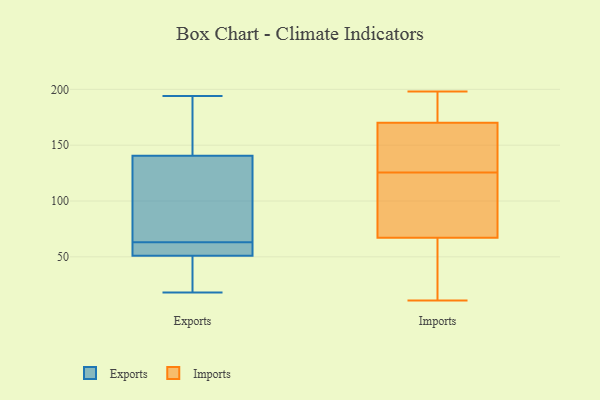
{"axis": {"x": "Customer Acquisition Cost (USD)", "y": "Value"}, "legend": ["Exports", "Imports"], "data": [{"x": "", "y": 165, "type": "Exports"}, {"x": "", "y": 127, "type": "Exports"}, {"x": "", "y": 37, "type": "Exports"}, {"x": "", "y": 82, "type": "Exports"}, {"x": "", "y": 18, "type": "Exports"}, {"x": "", "y": 43, "type": "Exports"}, {"x": "", "y": 62, "type": "Exports"}, {"x": "", "y": 165, "type": "Exports"}, {"x": "", "y": 53, "type": "Exports"}, {"x": "", "y": 56, "type": "Exports"}, {"x": "", "y": 82, "type": "Exports"}, {"x": "", "y": 49, "type": "Exports"}, {"x": "", "y": 93, "type": "Exports"}, {"x": "", "y": 46, "type": "Exports"}, {"x": "", "y": 54, "type": "Exports"}, {"x": "", "y": 154, "type": "Exports"}, {"x": "", "y": 62, "type": "Exports"}, {"x": "", "y": 176, "type": "Exports"}, {"x": "", "y": 194, "type": "Exports"}, {"x": "", "y": 64, "type": "Exports"}, {"x": "", "y": 198, "type": "Imports"}, {"x": "", "y": 11, "type": "Imports"}, {"x": "", "y": 191, "type": "Imports"}, {"x": "", "y": 80, "type": "Imports"}, {"x": "", "y": 170, "type": "Imports"}, {"x": "", "y": 67, "type": "Imports"}, {"x": "", "y": 167, "type": "Imports"}, {"x": "", "y": 84, "type": "Imports"}, {"x": "", "y": 168, "type": "Imports"}, {"x": "", "y": 36, "type": "Imports"}]}